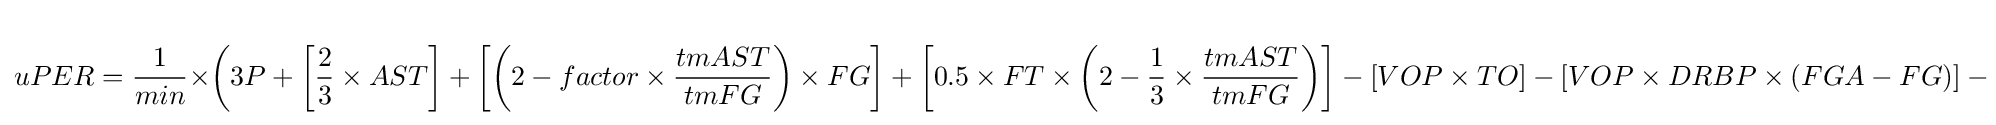
uPER={\frac {1}{min}}\times \left(3P+\left[{\frac {2}{3}}\times AST\right]+\left[\left(2-factor\times {\frac {tmAST}{tmFG}}\right)\times FG\right]+\left[0.5\times FT\times \left(2-{\frac {1}{3}}\times {\frac {tmAST}{tmFG}}\right)\right]-\left[VOP\times TO\right]-\left[VOP\times DRBP\times \left(FGA-FG\right)\right]-\left[VOP\times 0.44\times \left(0.44+\left(0.56\times DRBP\right)\right)\times \left(FTA-FT\right)\right]+\left[VOP\times \left(1-DRBP\right)\times \left(TRB-ORB\right)\right]+\left[VOP\times DRBP\times ORB\right]+\left[VOP\times STL\right]+\left[VOP\times DRBP\times BLK\right]-\left[PF\times \left({\frac {lgFT}{lgPF}}-0.44\times {\frac {lgFTA}{lgPF}}\times VOP\right)\right]\right)